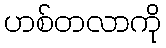
ဟစ်တလာကို